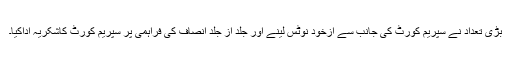
بڑی تعداد نے سپریم کورٹ کی جانب سے ازخود نوٹس لینے اور جلد از جلد انصاف کی فراہمی پر سپریم کورٹ کاشکریہ اداکیا۔